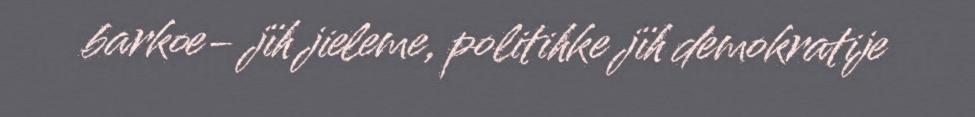
barkoe- jïh jieleme, politihke jïh demokratije